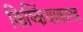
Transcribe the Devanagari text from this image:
किष्किंधाकाण्ड